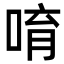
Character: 唷